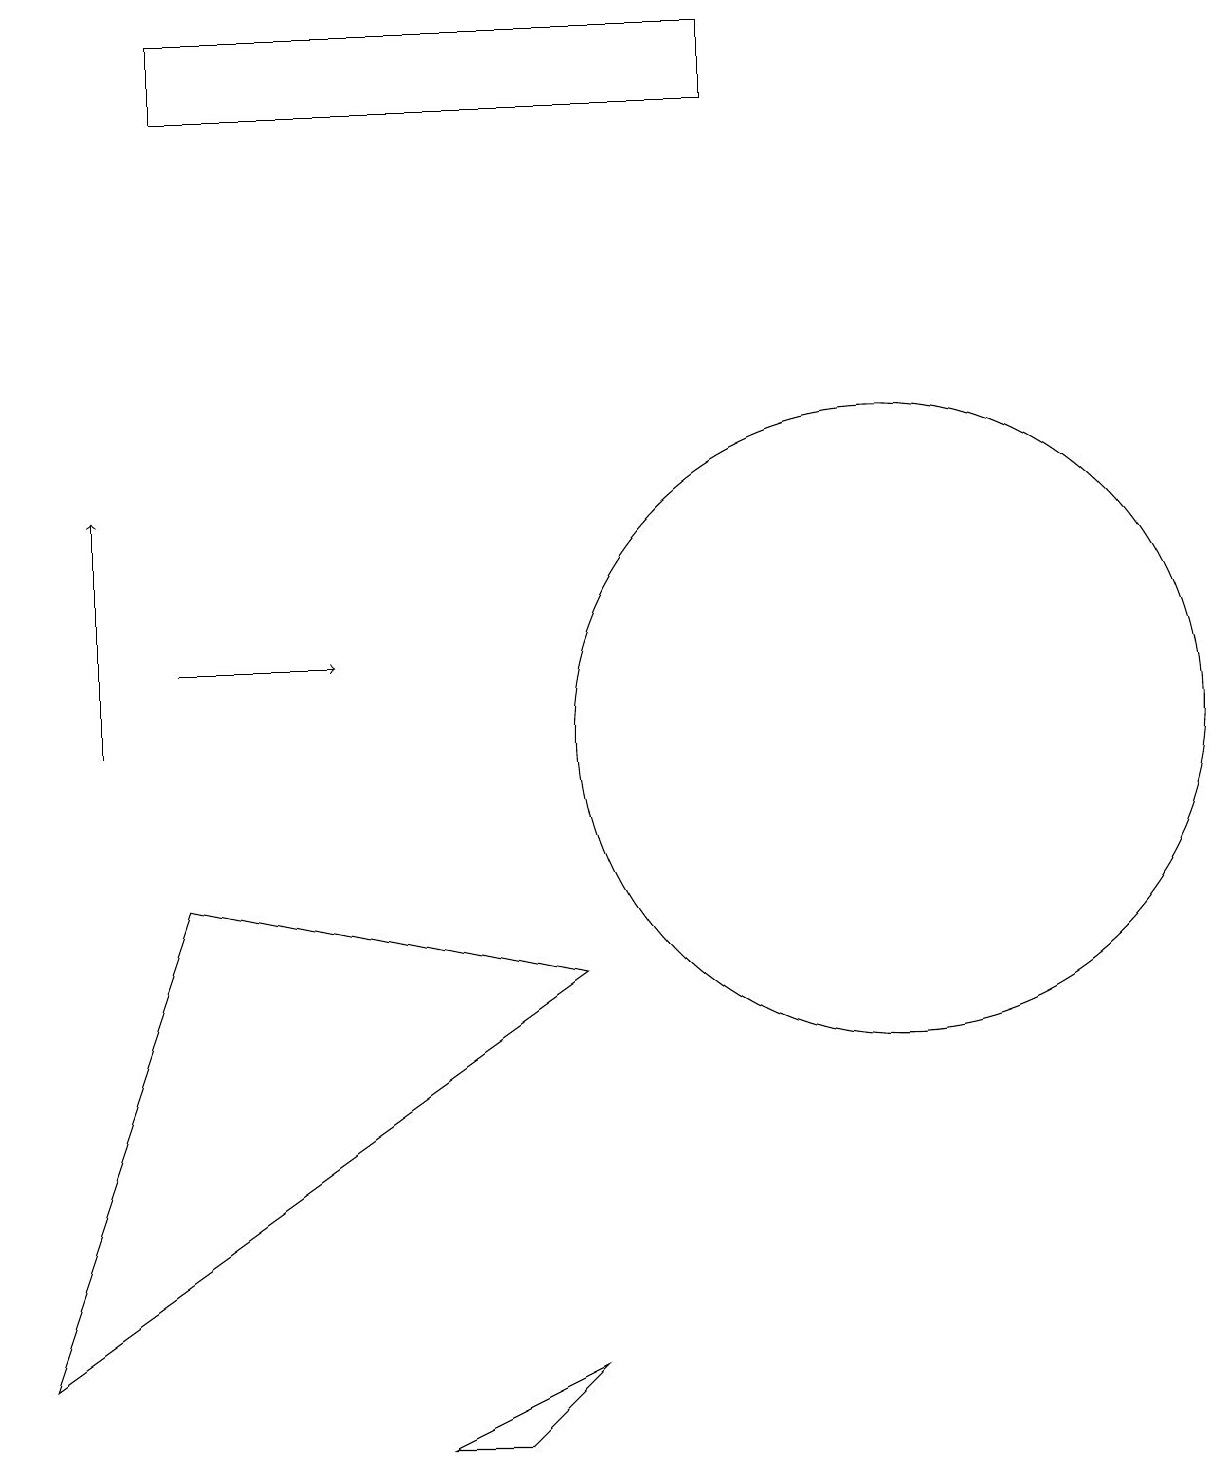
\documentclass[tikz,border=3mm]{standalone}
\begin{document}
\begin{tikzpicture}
\draw (9,18) rectangle (2,19);
\draw (2,8) -- (7,7) -- (0,2) -- cycle;
\draw[->] (2,11) -- (4,11);
\draw (11,10) circle (4);
\draw[->] (1,10) -- (1,13);
\draw (7,2) -- (6,1) -- (5,1) -- cycle;
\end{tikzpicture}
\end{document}